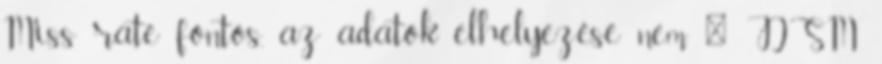
Miss rate fontos, az adatok elhelyezése nem ● DSM